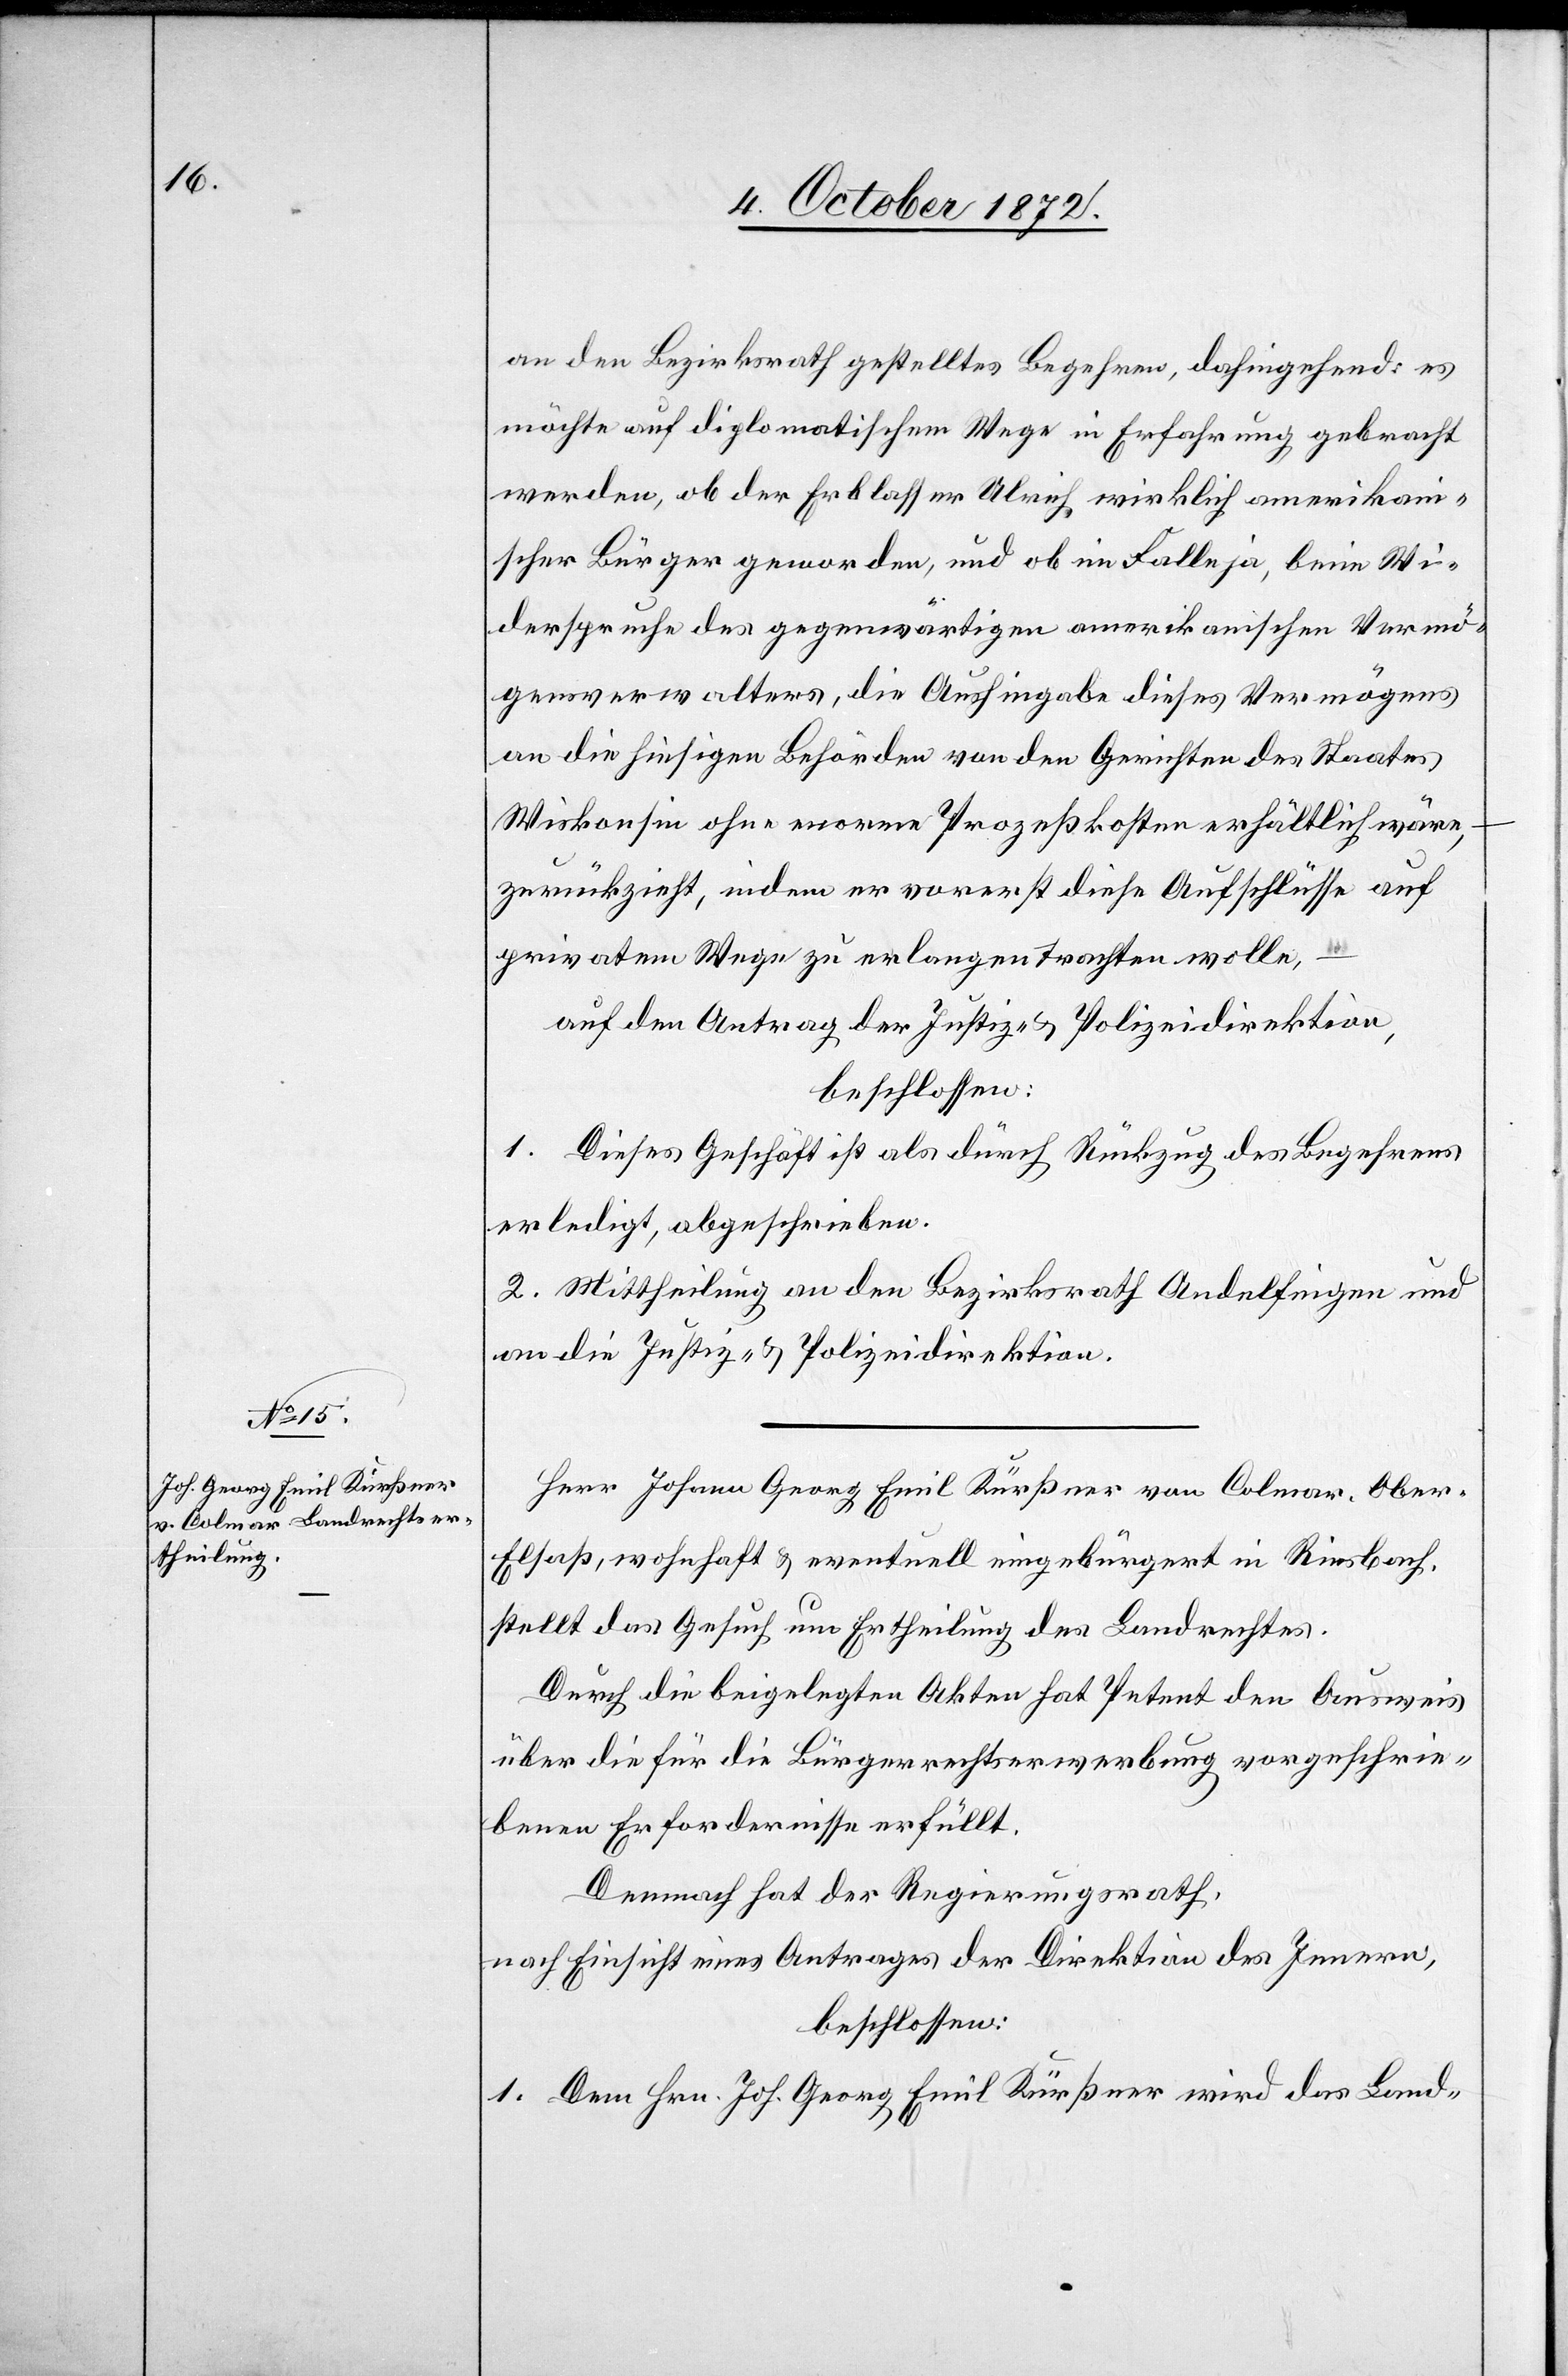
an den Bezirksrath gestelltes Begehren, dahingehend: es
möchte auf diplomatischem Wege in Erfahrung gebracht
werden, ob der Erblasser Ulrich wirklich amerikan¬
ischer Bürger geworden, und ob im Falle ja, beim Wi¬
derspruche des gegenwärtigen amerikanischen Vermö¬
gensverwalters, die Aushingabe dieses Vermögens
an die hiesige Behörden von den Gerichten des Staates
Wiskonsin ohne enorme Prozeßkosten erhältlich wäre,
zurückzieht, indem er vorerst diese Aufschlüsse auf
privatem Wege zu erlangen trachten wolle,
auf den Antrag der Justiz- u. Polizeidirektion,
beschlossen:
1. Dieses Geschäft ist als durch Rückzug des Begehrens
erledigt, abgeschrieben.
2. Mittheilung an den Bezirksrath Andelfingen und
an die Justiz- u. Polizeidirektion.
Herr Johann Georg Emil Kürßner von Colmar, Obe¬
r-Elsaß, wohnhaft u. eventuell eingebürgert in Riesbach,
stellt das Gesuch um Ertheilung des Landrechtes.
Durch die beigelegten Akten hat Petent den Ausweis
über die für die Bürgerrechtserwerbung vorgeschrie¬
benen Erfordernisse erfüllt.
Demnach hat der Regierungsrath,
nach Einsicht eines Antrages der Direktion des Innern,
beschlossen:
1. Dem Hrn. Joh. Georg Emil Kürßner wird das Land-